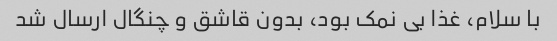
با سلام، غذا بی نمک بود، بدون قاشق و چنگال ارسال شد